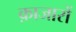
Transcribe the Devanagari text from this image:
क़ाजारों